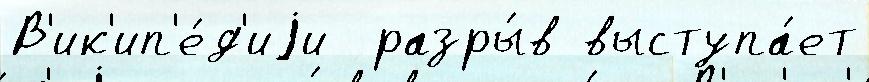
В'ик'ип'е́д'иjи  разры́в выступа́ет